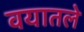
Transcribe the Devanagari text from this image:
वयातले